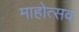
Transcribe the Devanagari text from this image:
माहोत्सव